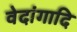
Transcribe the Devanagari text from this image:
वेदांगादि